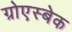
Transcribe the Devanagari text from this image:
ग्रोएस्बेक